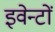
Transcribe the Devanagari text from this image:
इवेन्टों